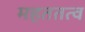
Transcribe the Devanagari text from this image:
महततत्व